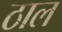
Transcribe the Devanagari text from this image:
ठाल